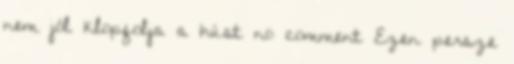
nem jól klopfolja a húst no comment Ezen persze